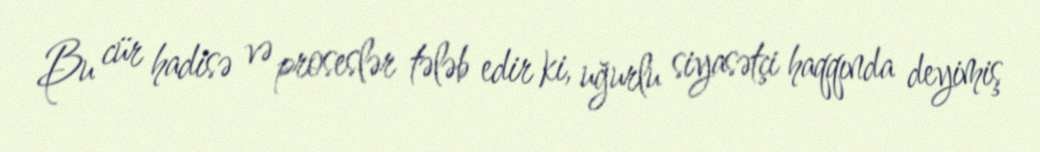
Bu cür hadisə və proseslər tələb edir ki, uğurlu siyasətçi haqqında deyimiş